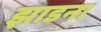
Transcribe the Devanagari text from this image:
झाडना